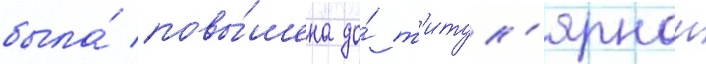
была́ повы́шена до́ т'итул'ярнои